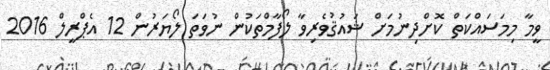
ވީމާ މިމަސައްކަތް ކޮށްދިނުމަށް ޝައުޤުވެރިވާ ލޯފާމްތަކުން ނުވަތަ ލޯޔަރުން 12 އެޕްރީލް 2016